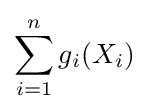
\sum _{i=1}^{n}g_{i}(X_{i})